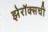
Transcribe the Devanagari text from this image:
झेरॉक्सची